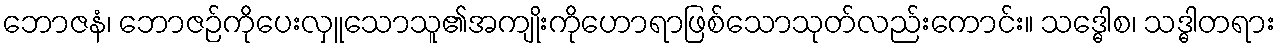
ဘောဇနံ၊ ဘောဇဉ်ကိုပေးလှူသောသူ၏အကျိုးကိုဟောရာဖြစ်သောသုတ်လည်းကောင်း။ သဒ္ဓေါစ၊ သဒ္ဓါတရား